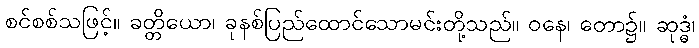
စင်စစ်သဖြင့်။ ခတ္တိယော၊ ခုနစ်ပြည်ထောင်သောမင်းတို့သည်။ ဝနေ၊ တော၌။ ဆုဒ္ဓံ၊